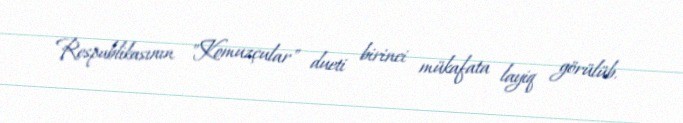
Respublikasının "Komuzçular" dueti birinci mükafata layiq görülüb.